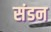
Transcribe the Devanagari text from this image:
संडन